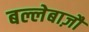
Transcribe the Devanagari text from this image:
बल्लेबाज़ौं